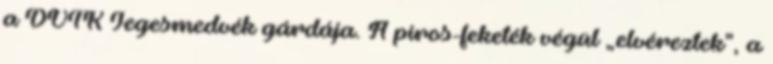
a DVTK Jegesmedvék gárdája. A piros-feketék végül „elvéreztek”, a